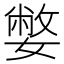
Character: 嫳